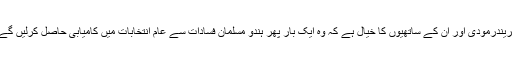
نریندرمودی اور ان کے ساتھیوں کا خیال ہے کہ وہ ایک بار پھر ہندو مسلمان فسادات سے عام انتخابات میں کامیابی حاصل کرلیں گے۔